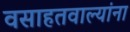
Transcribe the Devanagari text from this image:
वसाहतवाल्यांना